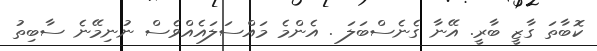
ކޮބާތަ ގާޒީ ބާރީ. އޭނާ ގެނެސްބަލަ . އެންމެ މައްސަލައެއްވެސް ނުނިމޭނެ ސާބިތު